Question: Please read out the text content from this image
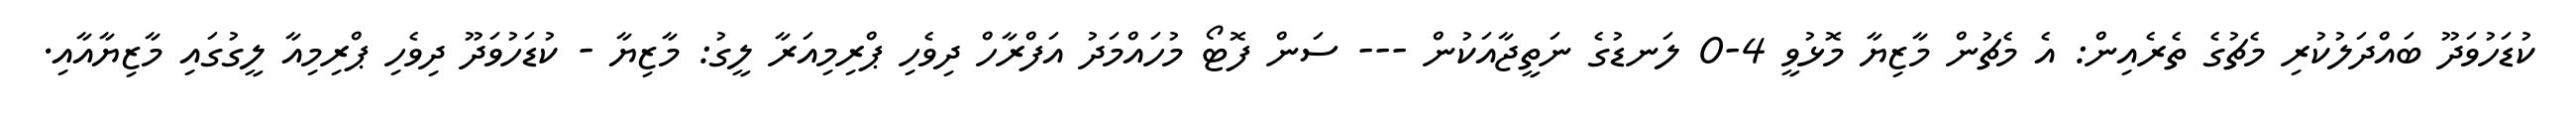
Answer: ކުޑަހުވަދޫ ބައްދަލުކުރި މެޗުގެ ތެރެއިން: އެ މެޗުން މާޒިޔާ މޮޅުވީ 4-0 ލަނޑުގެ ނަތީޖާއަކުން --- ސަން ފޮޓޯ މުހައްމަދު އަފްރާހް ދިވެހި ޕްރިމިއަރާ ލީގު: މާޒިޔާ - ކުޑަހުވަދޫ ދިވެހި ޕްރިމިއާ ލީގުގައި މާޒިޔާއާއި.